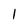
Character: 1